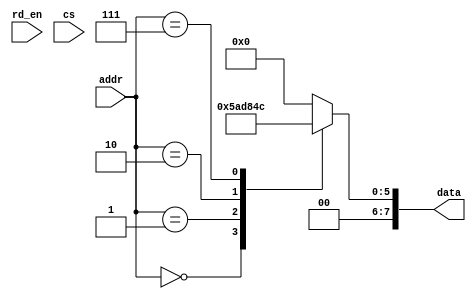
//ROM / EPROM

module rom (addr, data, rd_en, cs);

    input [2: 0] addr;
    input rd_en, cs;

    output reg [7: 0] data;

    always @ (addr or rd_en or cs)
        case(addr)
            0: data = 22;
            1: data = 45;
            2: data = 33;
            7: data = 12;
            default: data = 0;
        endcase
endmodule